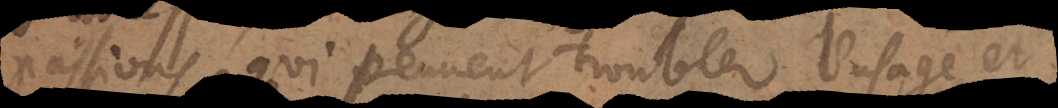
passions, qui peuvent troubler l’usage de